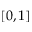
[ 0 , 1 ]